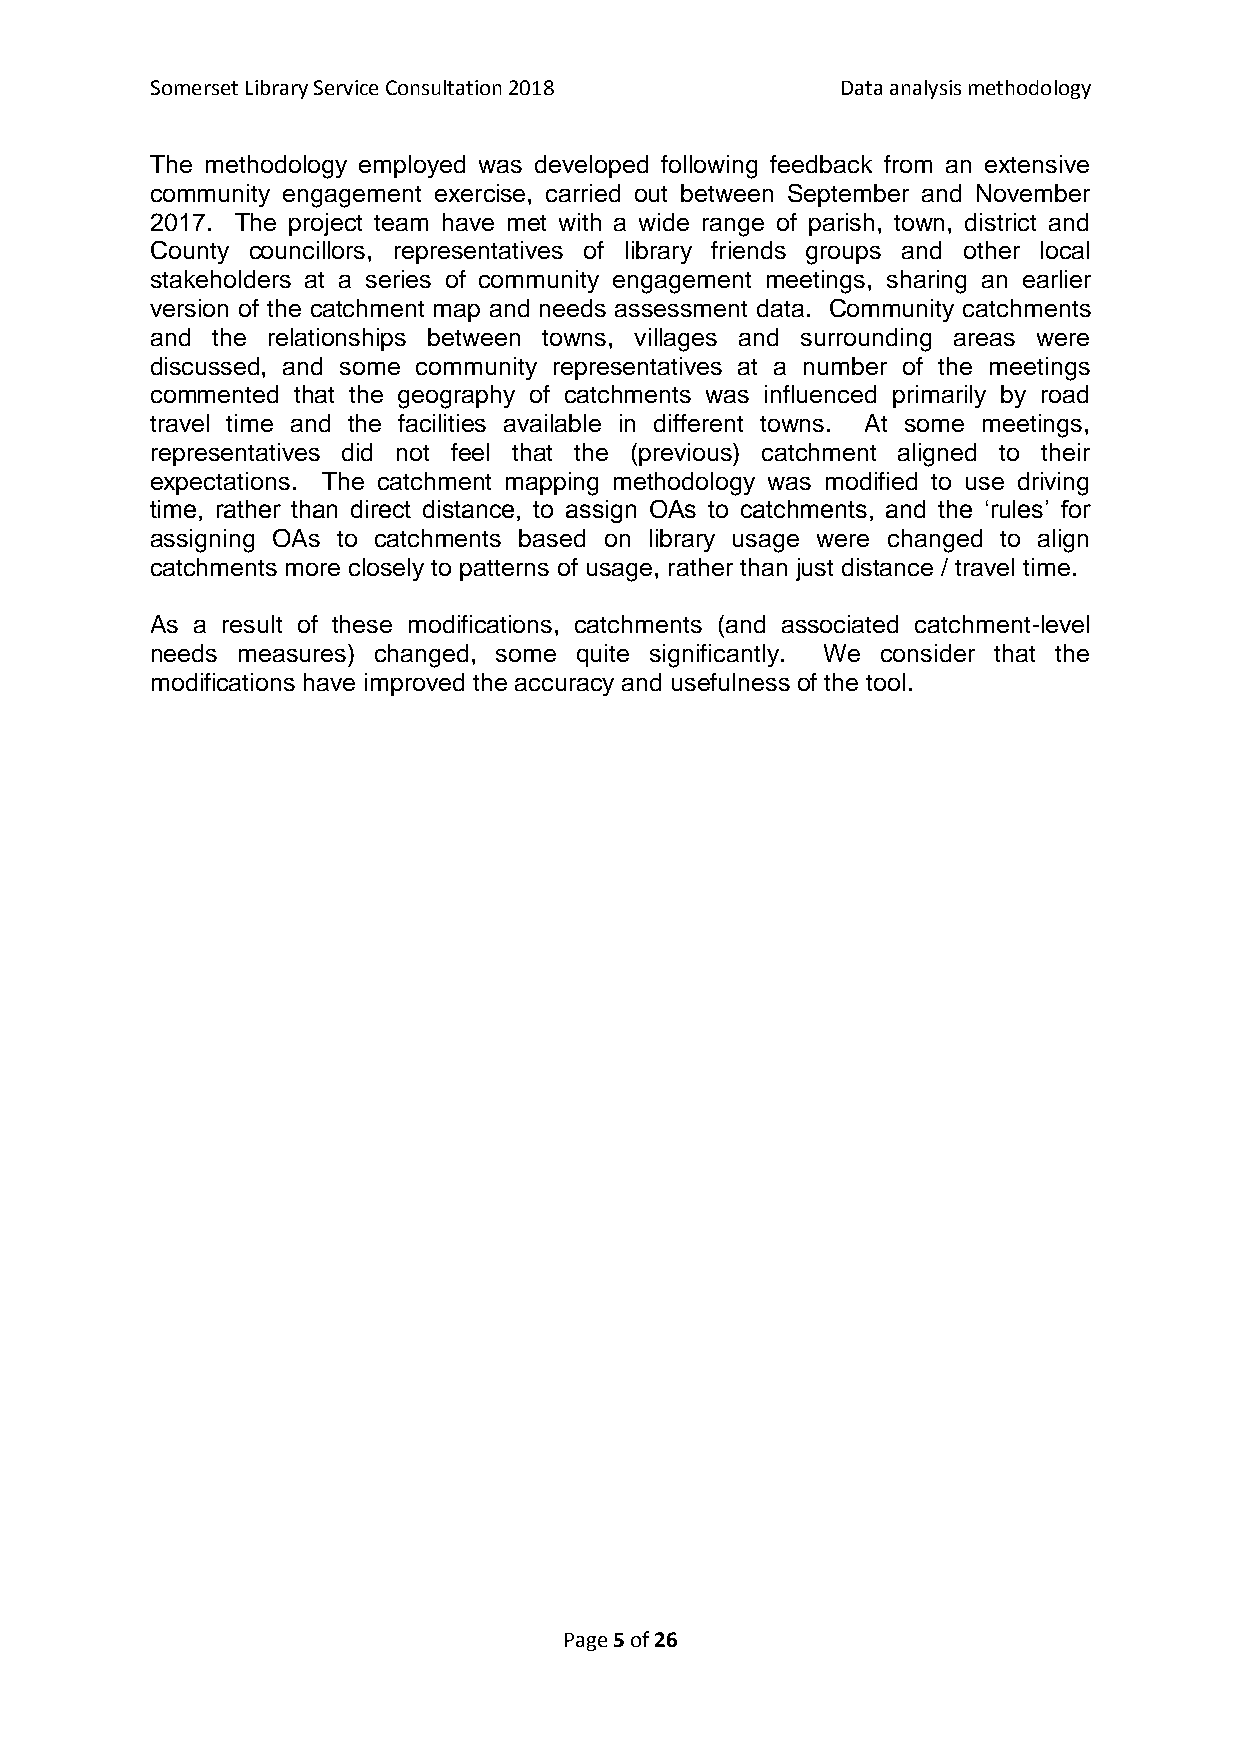
Somerset Library Service Consultation 2018    Data analysis methodology
 The methodology employed was developed following feedback from an extensive
 community engagement exercise, carried out between September and November
 2017. The project team have met with a wide range of parish, town, district and
 County councillors, representatives of library friends groups and other local
 stakeholders at a series of community engagement meetings, sharing an earlier
 version of the catchment map and needs assessment data. Community catchments
 and the relationships between towns, villages and surrounding areas were
 discussed, and some community representatives at a number of the meetings
 commented that the geography of catchments was influenced primarily by road
 travel time and the facilities available in different towns. At some meetings,
 representatives did not feel that the (previous) catchment aligned to their
 expectations. The catchment mapping methodology was modified to use driving
 time, rather than direct distance, to assign OAs to catchments, and the ‘rules’ for
 assigning OAs to catchments based on library usage were changed to align
 catchments more closely to patterns of usage, rather than just distance / travel time.
 As a result of these modifications, catchments (and associated catchment-level
 needs measures) changed, some quite significantly. We consider that the
 modifications have improved the accuracy and usefulness of the tool.
 Page 5 of 26